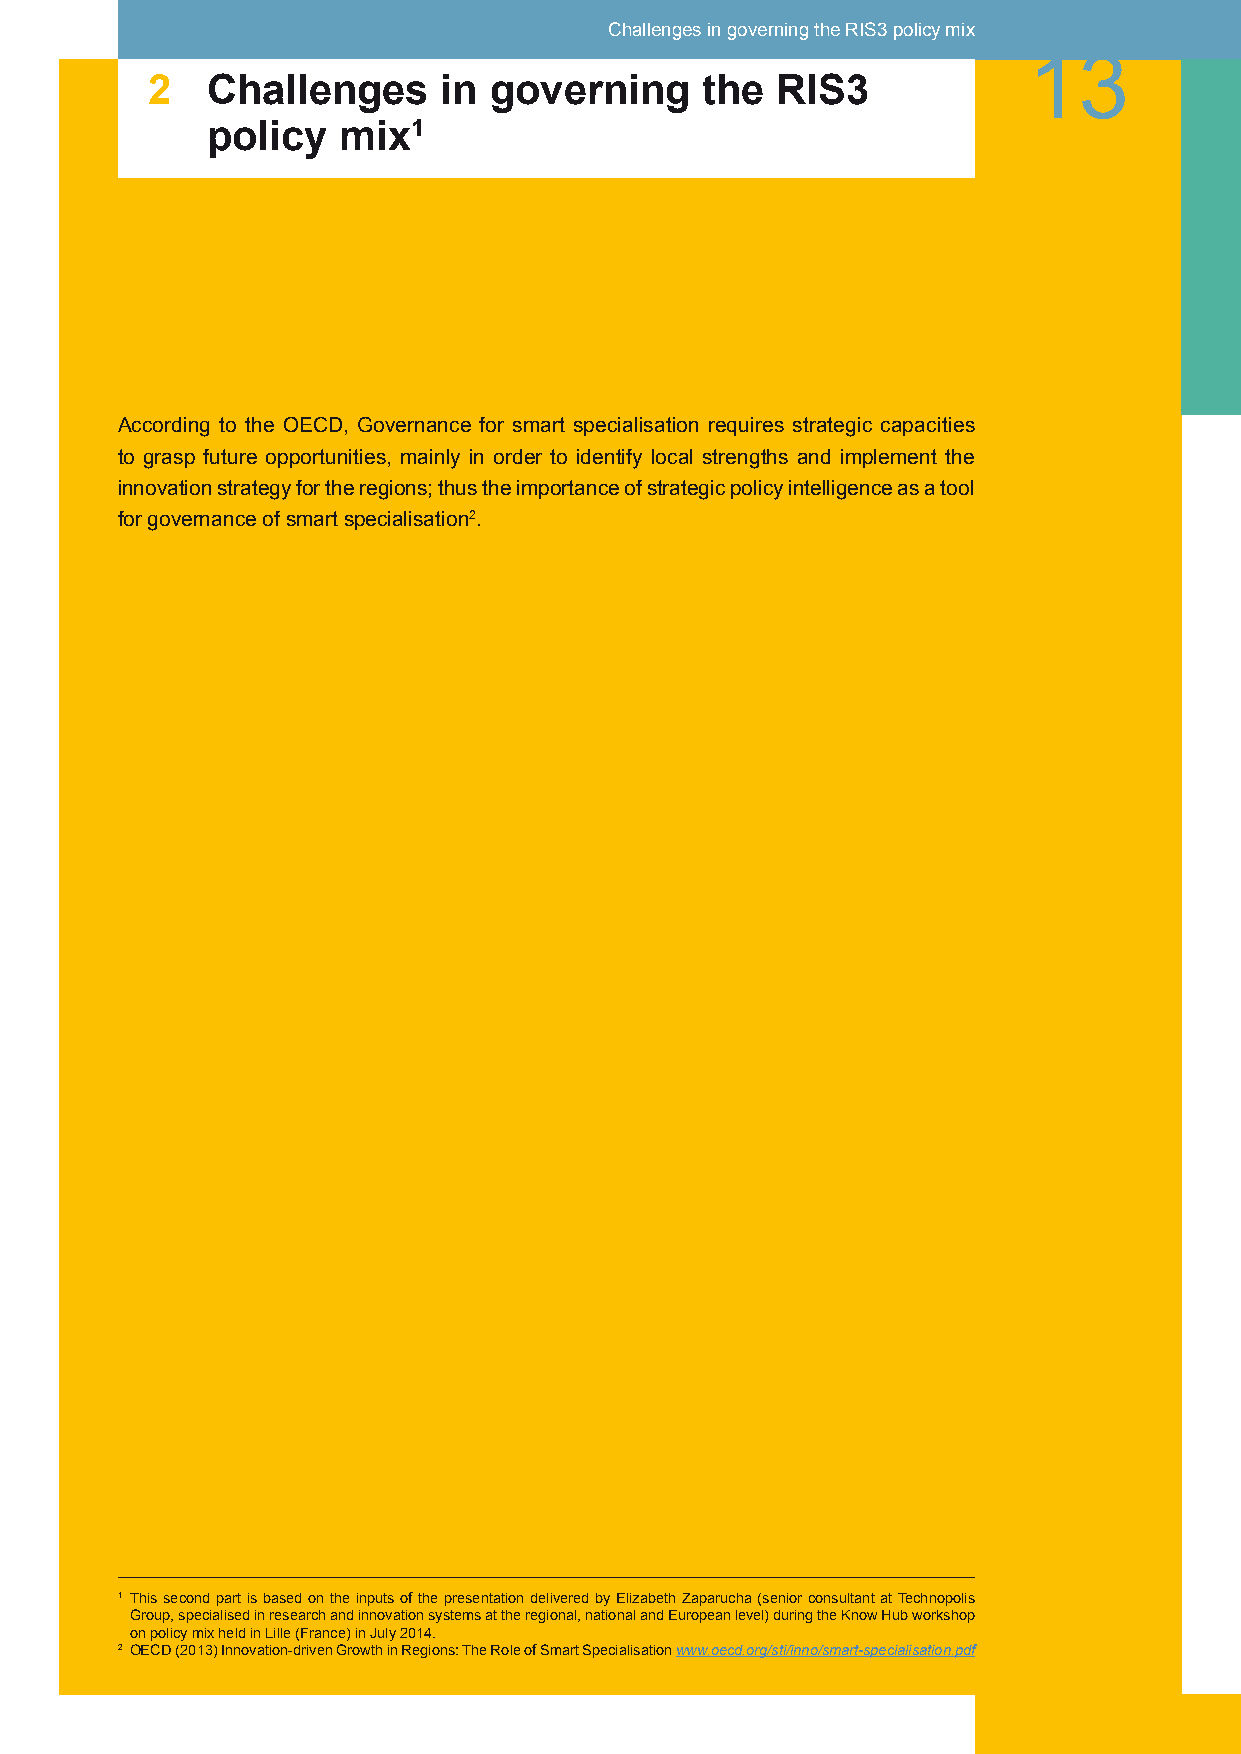
Challenges in governing the RIS3 policy mix
 13
 2   Challenges     in governing     the  RIS3
 policy  mix1
 According to the OECD, Governance for smart specialisation requires strategic capacities
 to grasp future opportunities, mainly in order to identify local strengths and implement the
 innovation strategy for the regions; thus the importance of strategic policy intelligence as a tool
 for governance of smart specialisation2.
 1 This second part is based on the inputs of the presentation delivered by Elizabeth Zaparucha (senior consultant at Technopolis
 Group, specialised in research and innovation systems at the regional, national and European level) during the Know Hub workshop
 on policy mix held in Lille (France) in July 2014.
 2 OECD (2013) Innovation-driven Growth in Regions: The Role of Smart Specialisation www.oecd.org/sti/inno/smart-specialisation.pdf